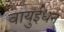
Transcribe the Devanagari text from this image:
वायुईंधन